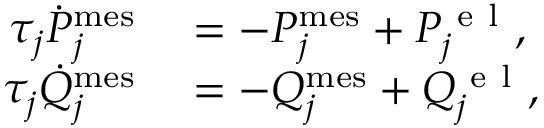
\begin{array} { r l } { \tau _ { j } \dot { P } _ { j } ^ { \mathrm { m e s } } } & { { } = - P _ { j } ^ { \mathrm { m e s } } + P _ { j } ^ { \mathrm { ~ e ~ l ~ } } , } \\ { \tau _ { j } \dot { Q } _ { j } ^ { \mathrm { m e s } } } & { { } = - Q _ { j } ^ { \mathrm { m e s } } + Q _ { j } ^ { \mathrm { ~ e ~ l ~ } } , } \end{array}